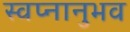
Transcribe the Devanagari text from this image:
स्वप्नानुभव